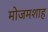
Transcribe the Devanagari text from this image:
मोजमशाह